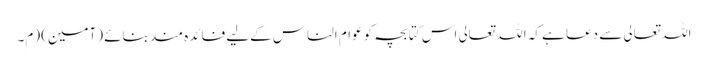
اللہ تعالی سے دعا ہے کہ اللہ تعالی اس کتابچہ کو عوام الناس کےلیے فائدہ مند بنائے (آمین) (م۔